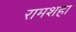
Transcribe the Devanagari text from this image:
रामशहा